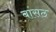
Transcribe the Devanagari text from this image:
बांसठ